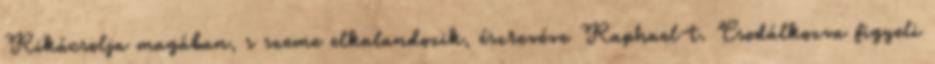
Rikácsolja magában, s szeme elkalandozik, észrevéve Raphael-t. Csodálkozva figyeli